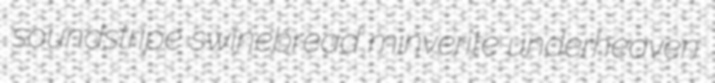
soundstripe swinebread minverite underheaven